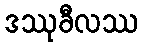
ဒဿုခီလဿ